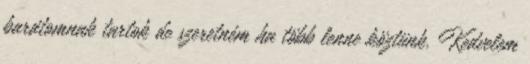
barátomnak tartok de szeretném ha több lenne köztünk. Kedvelem